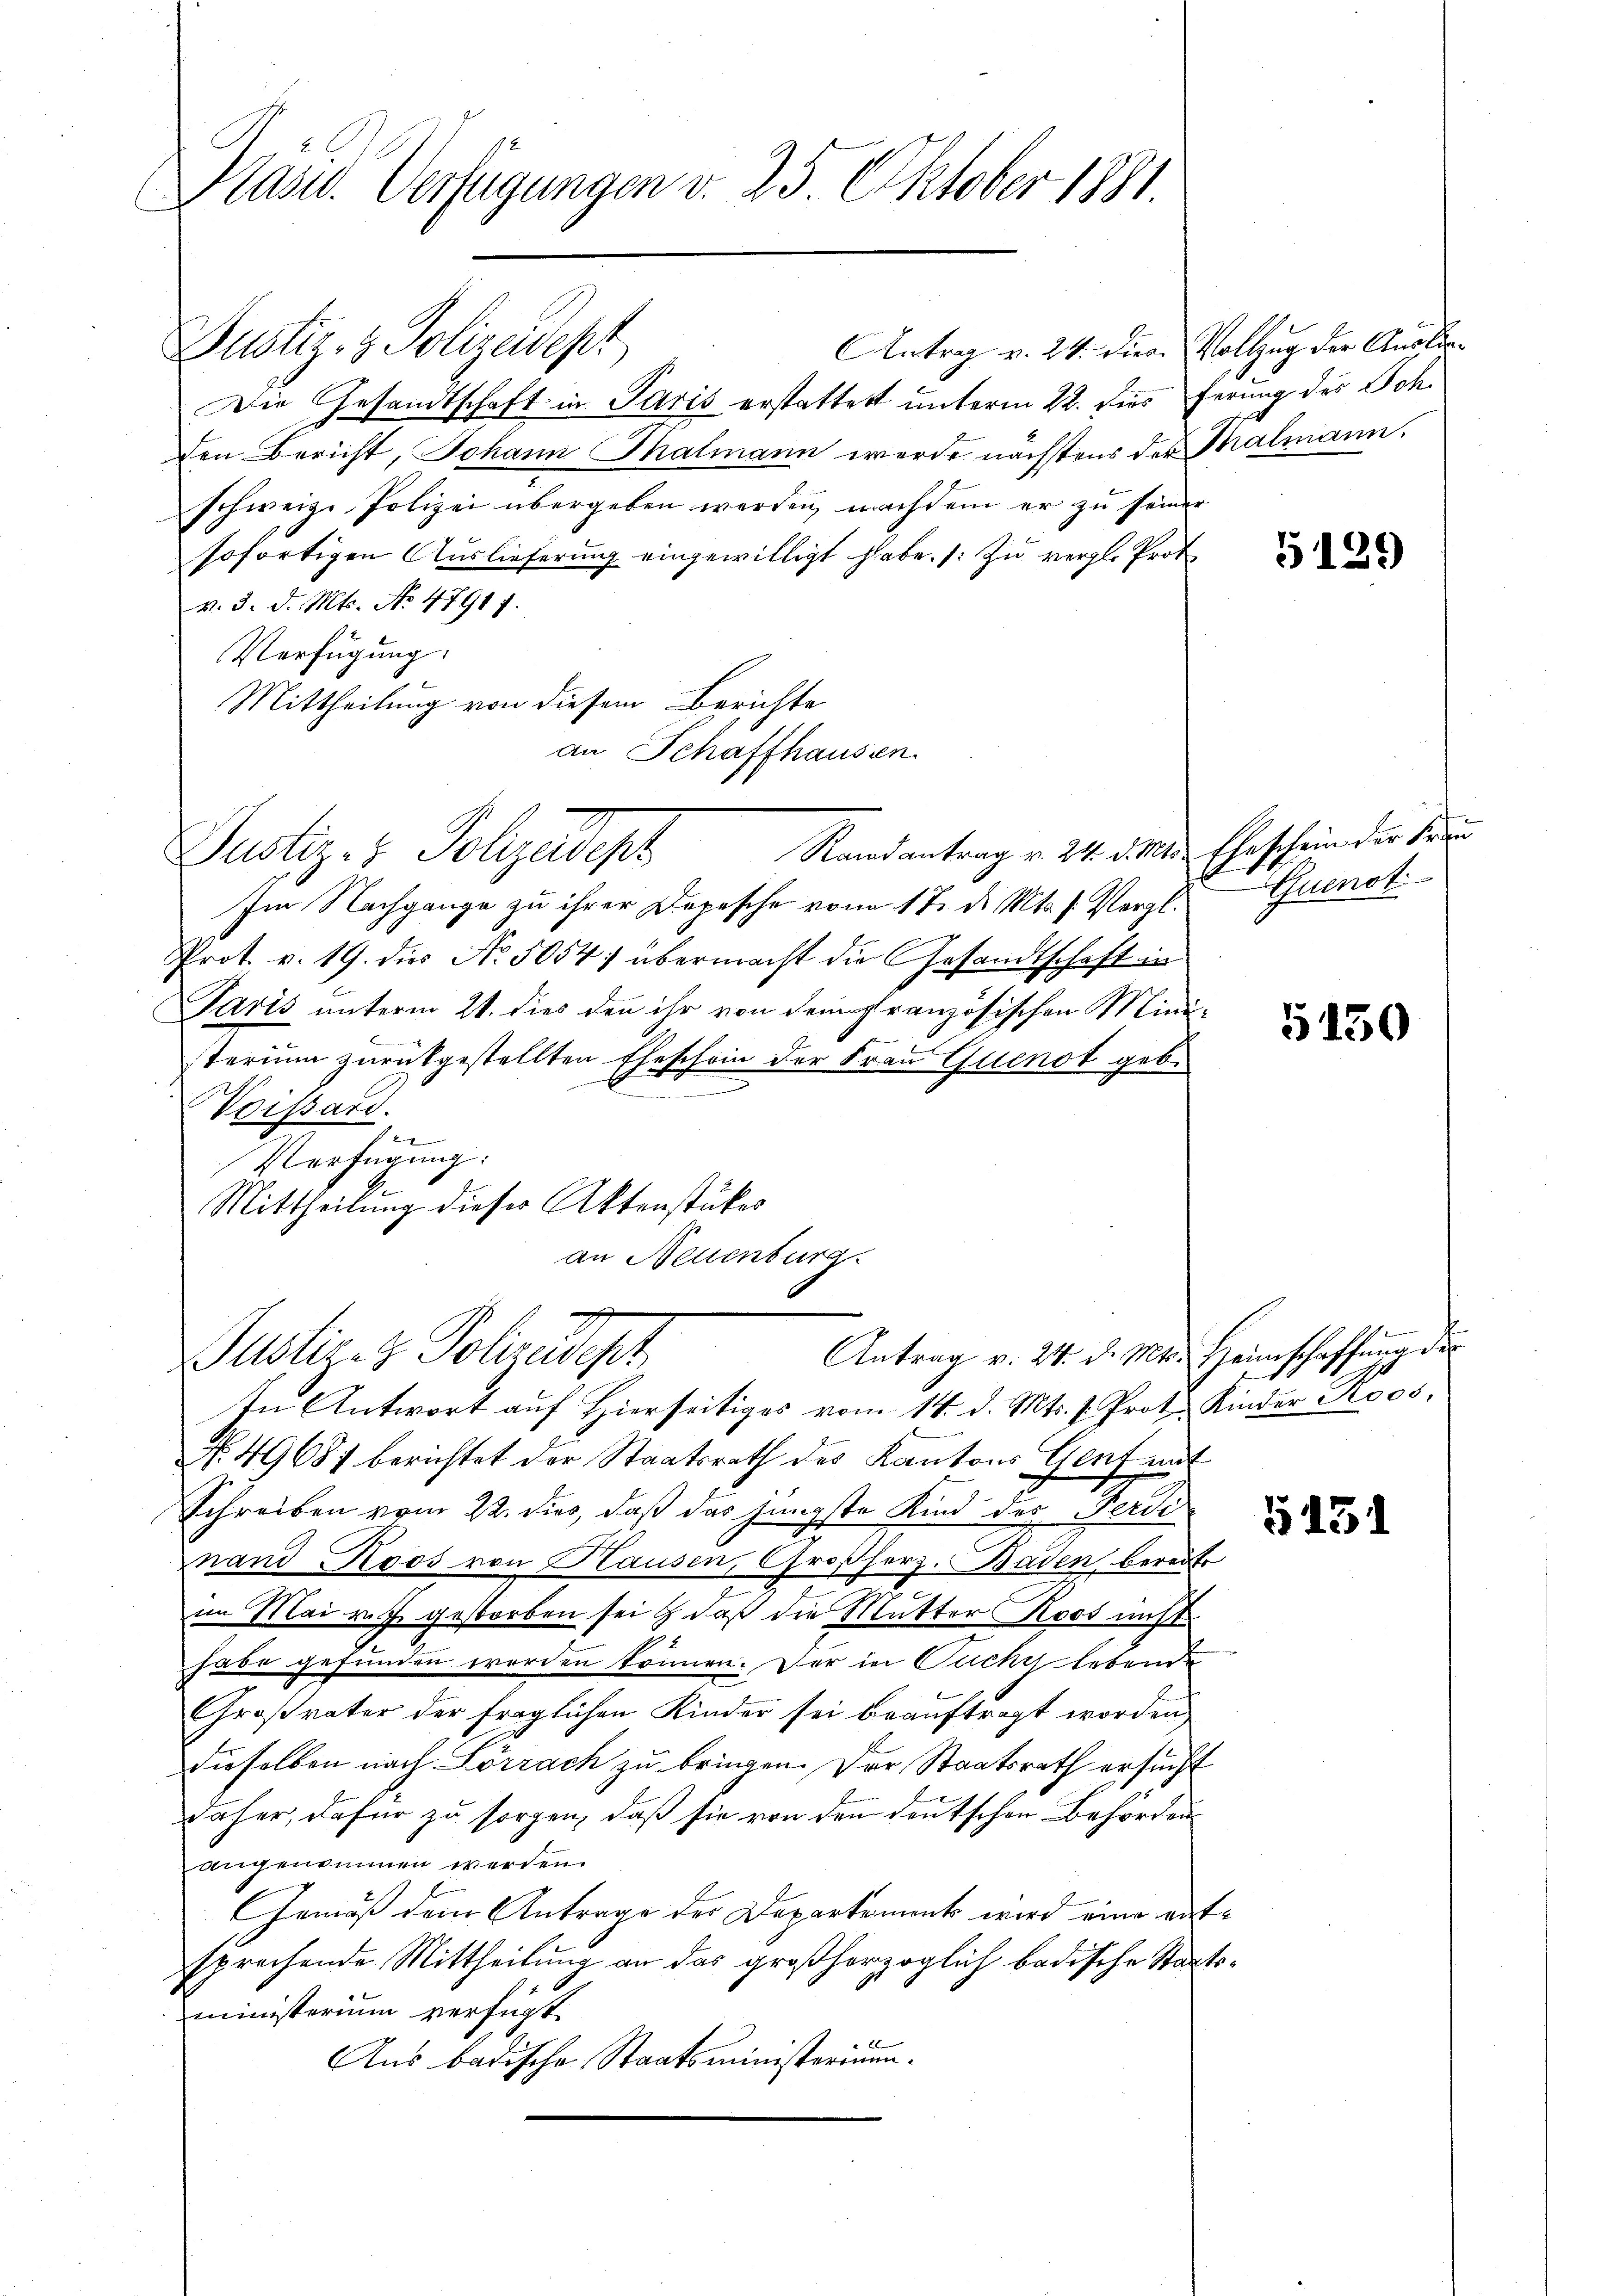
Präsid. Verfügungen v. 25. Oktober 1881.

Justiz- & Polizeidept
Die Gesandtschaft in Paris erstattet unterm 22. dies Ferung des Soh¬
Den Bericht, Johann Thalmann werde nächstens der Thalmann.
schweiz. Polizei übergeben werden, nachdem er zu seiner
sofortigen Auslieferung eingewilligt habe. (: Zu vergl. Prot
v. 3. d. Mts. No 4791 f.
Verfügung:
Mittheilung von diesem Berichte
an Schaffhausen.

Randantrag v. 24. d. Mts. Eheschein der Frau
Justiz- & Polizeidept

Im Nachgange zu ihrer Depesche vom 17. d. Mts. s. Vergl.
Prot. v. 19. dies No. 5054) übermacht die Gesandtschaft in
Paris unterm 21. dies den ihr von dem französischen Mini-
sterium zurückgestellten Eheschein der Frau Quinot geb.
a
Voissard.
1
Verfügung.
Mittheilung dieses Aktenstückes
an Neuenburg.

Justizi Polizeidigt

Antrag v. 24. diese Vollzug der Auslie¬

Antrag v. 24. d. Mts. Heimschaffung der
In Antwort auf hierseitiges vom 14. d. Mts. v. Prot. Kinder Roos,
N. 49687 berichtet der Staatsrath des Kantons Genf mit
Schreiben vom 22. dies, daß das jüngste Kind des Ferdi
nand Roos von Hausen, Großherz. Baden bereits
im Mai rt gestorben sei, daß die Mutter Roos nicht
habe gefunden worden können. Der in Tuche Erbende
Großvater der fraglichen Kinder sei beauftragt worden,
dieselben nach Lörrach zu bringen. Der Staatsrath ersucht
daher, dafür zu sorgen, daß sie von den deutschen Behörden
angenommen werden.
Gemäß dem Antrage der Departement wird eine entsprechende Mittheilung an das großherzoglich badische Staats-
ministerium verfügt:
Aus badische Staatsministerium.

5129

Quenst

5130

§ 151